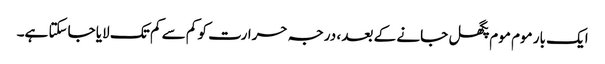
ایک بار موم موم پگھل جانے کے بعد ، درجہ حرارت کو کم سے کم تک لایا جاسکتا ہے۔